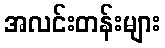
အလင်းတန်းများ